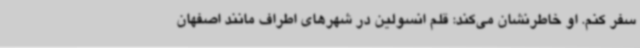
سفر کنم. او خاطرنشان می‌کند: قلم انسولین در شهرهای اطراف مانند اصفهان